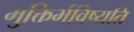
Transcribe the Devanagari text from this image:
मुक्तिर्भविष्यति